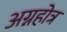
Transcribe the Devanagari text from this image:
अग्नहोत्र